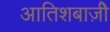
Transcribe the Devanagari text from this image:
आतिशबाज़ीे